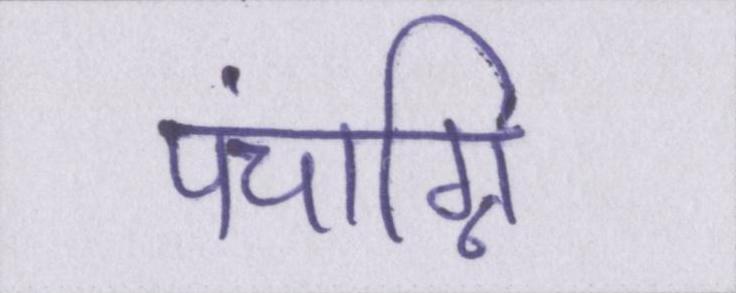
पंचाग्नि